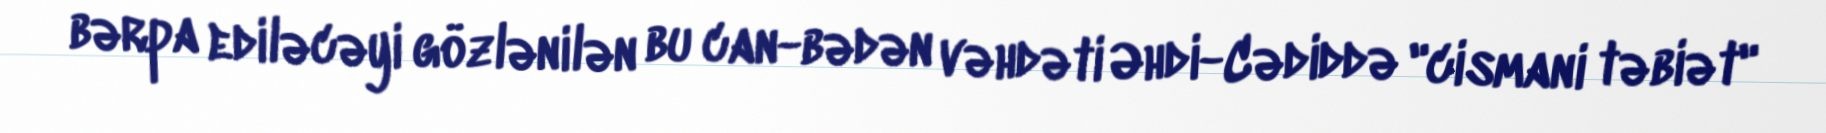
bərpa ediləcəyi gözlənilən bu can-bədən vəhdəti Əhdi-Cədiddə "cismani təbiət"